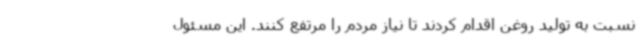
نسبت به تولید روغن اقدام کردند تا نیاز مردم را مرتفع کنند. این مسئول